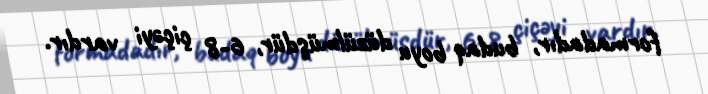
formadadır, budaq boyu düzülmüşdür, 6-8 çiçəyi vardır.